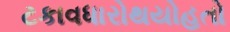
ટકાવધારોથયોહતો